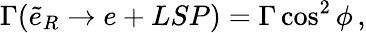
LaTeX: \Gamma(\tilde{e}_{R}\rightarrow e+LSP)=\Gamma\cos^{2}{\phi}\, ,